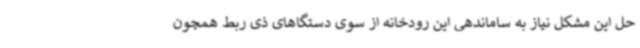
حل این مشکل نیاز به ساماندهی این رودخانه از سوی دستگاهای ذی ربط همچون